Scottish Certificate of Education, 1962
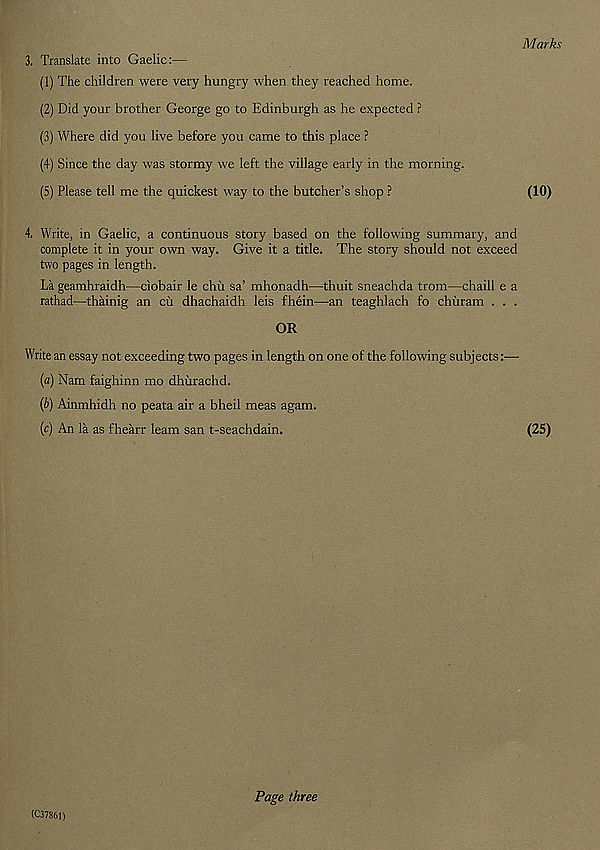
Marks
3. Translate into Gaelic:—
(1) The children were very hungry when they reached home.
(2) Did your brother George go to Edinburgh as he expected ?
(3) Where did you live before you came to this place ?
(4) Since the day was stormy we left the village early in the morning.
(5) Please tell me the quickest way to the butcher’s shop ?
(10)
4. Write, in Gaelic, a continuous story based on the following summary, and
complete it in your own way. Give it a title. The story should not exceed
two pages in length.
La geamhraidh—ciobair le chii sa’ mhonadh—thuit sneachda trom—chaill e a
rathad—thainig an cii dhachaidh leis fhein—an teaghlach fo chtiram . . .
OR
Write an essay not exceeding two pages in length on one of the following subjects:—
[a) Nam faighinn mo dhiirachd.
(6) Ainmhidh no peata air a bheil meas agam.
(c) An la as fhearr learn san t-seachdain.
(25)
(C37861)
Page three